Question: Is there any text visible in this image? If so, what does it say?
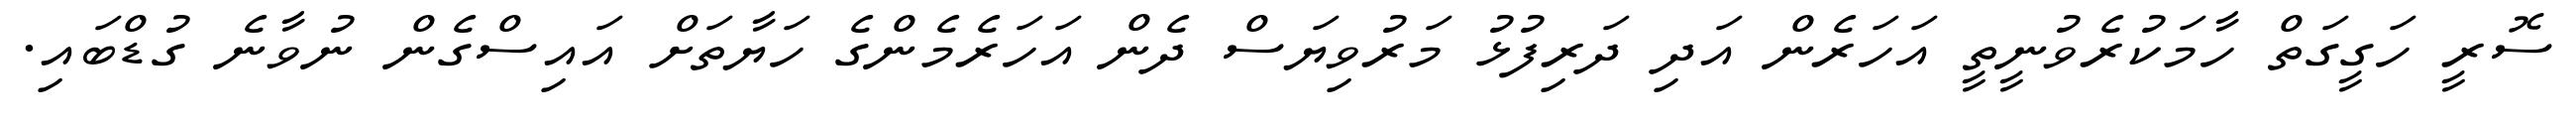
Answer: ސޮރީ ހަގީގަތް ހާމަކުރެވުނީތީ އަހަރެން އަދި ދަރިފުޅު މަރުވިޔަސް ދެން އަހަރެމެންގެ ހަޔާތަށް އައިސްގެން ނުވާނެ ގުޑްބައި.